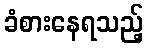
ခံစားနေရသည့်